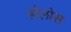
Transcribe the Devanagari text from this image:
होलोस